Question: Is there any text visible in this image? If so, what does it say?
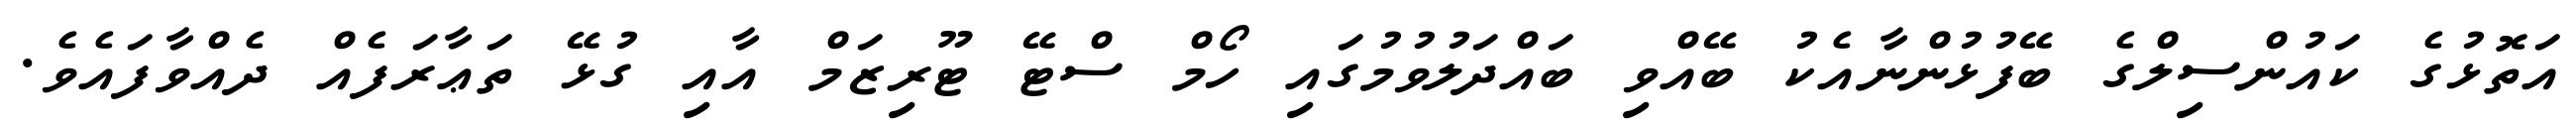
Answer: އަތޮޅުގެ ކައުންސިލްގެ ބޭފުޅުންނާއެކު ބޭއްވި ބައްދަލުވުމުގައި ހޯމް ސްޓޭ ޓޫރިޒަމް އާއި ގުޅޭ ތަޢާރަފެއް ދެއްވާފައެވެ.